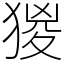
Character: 猣